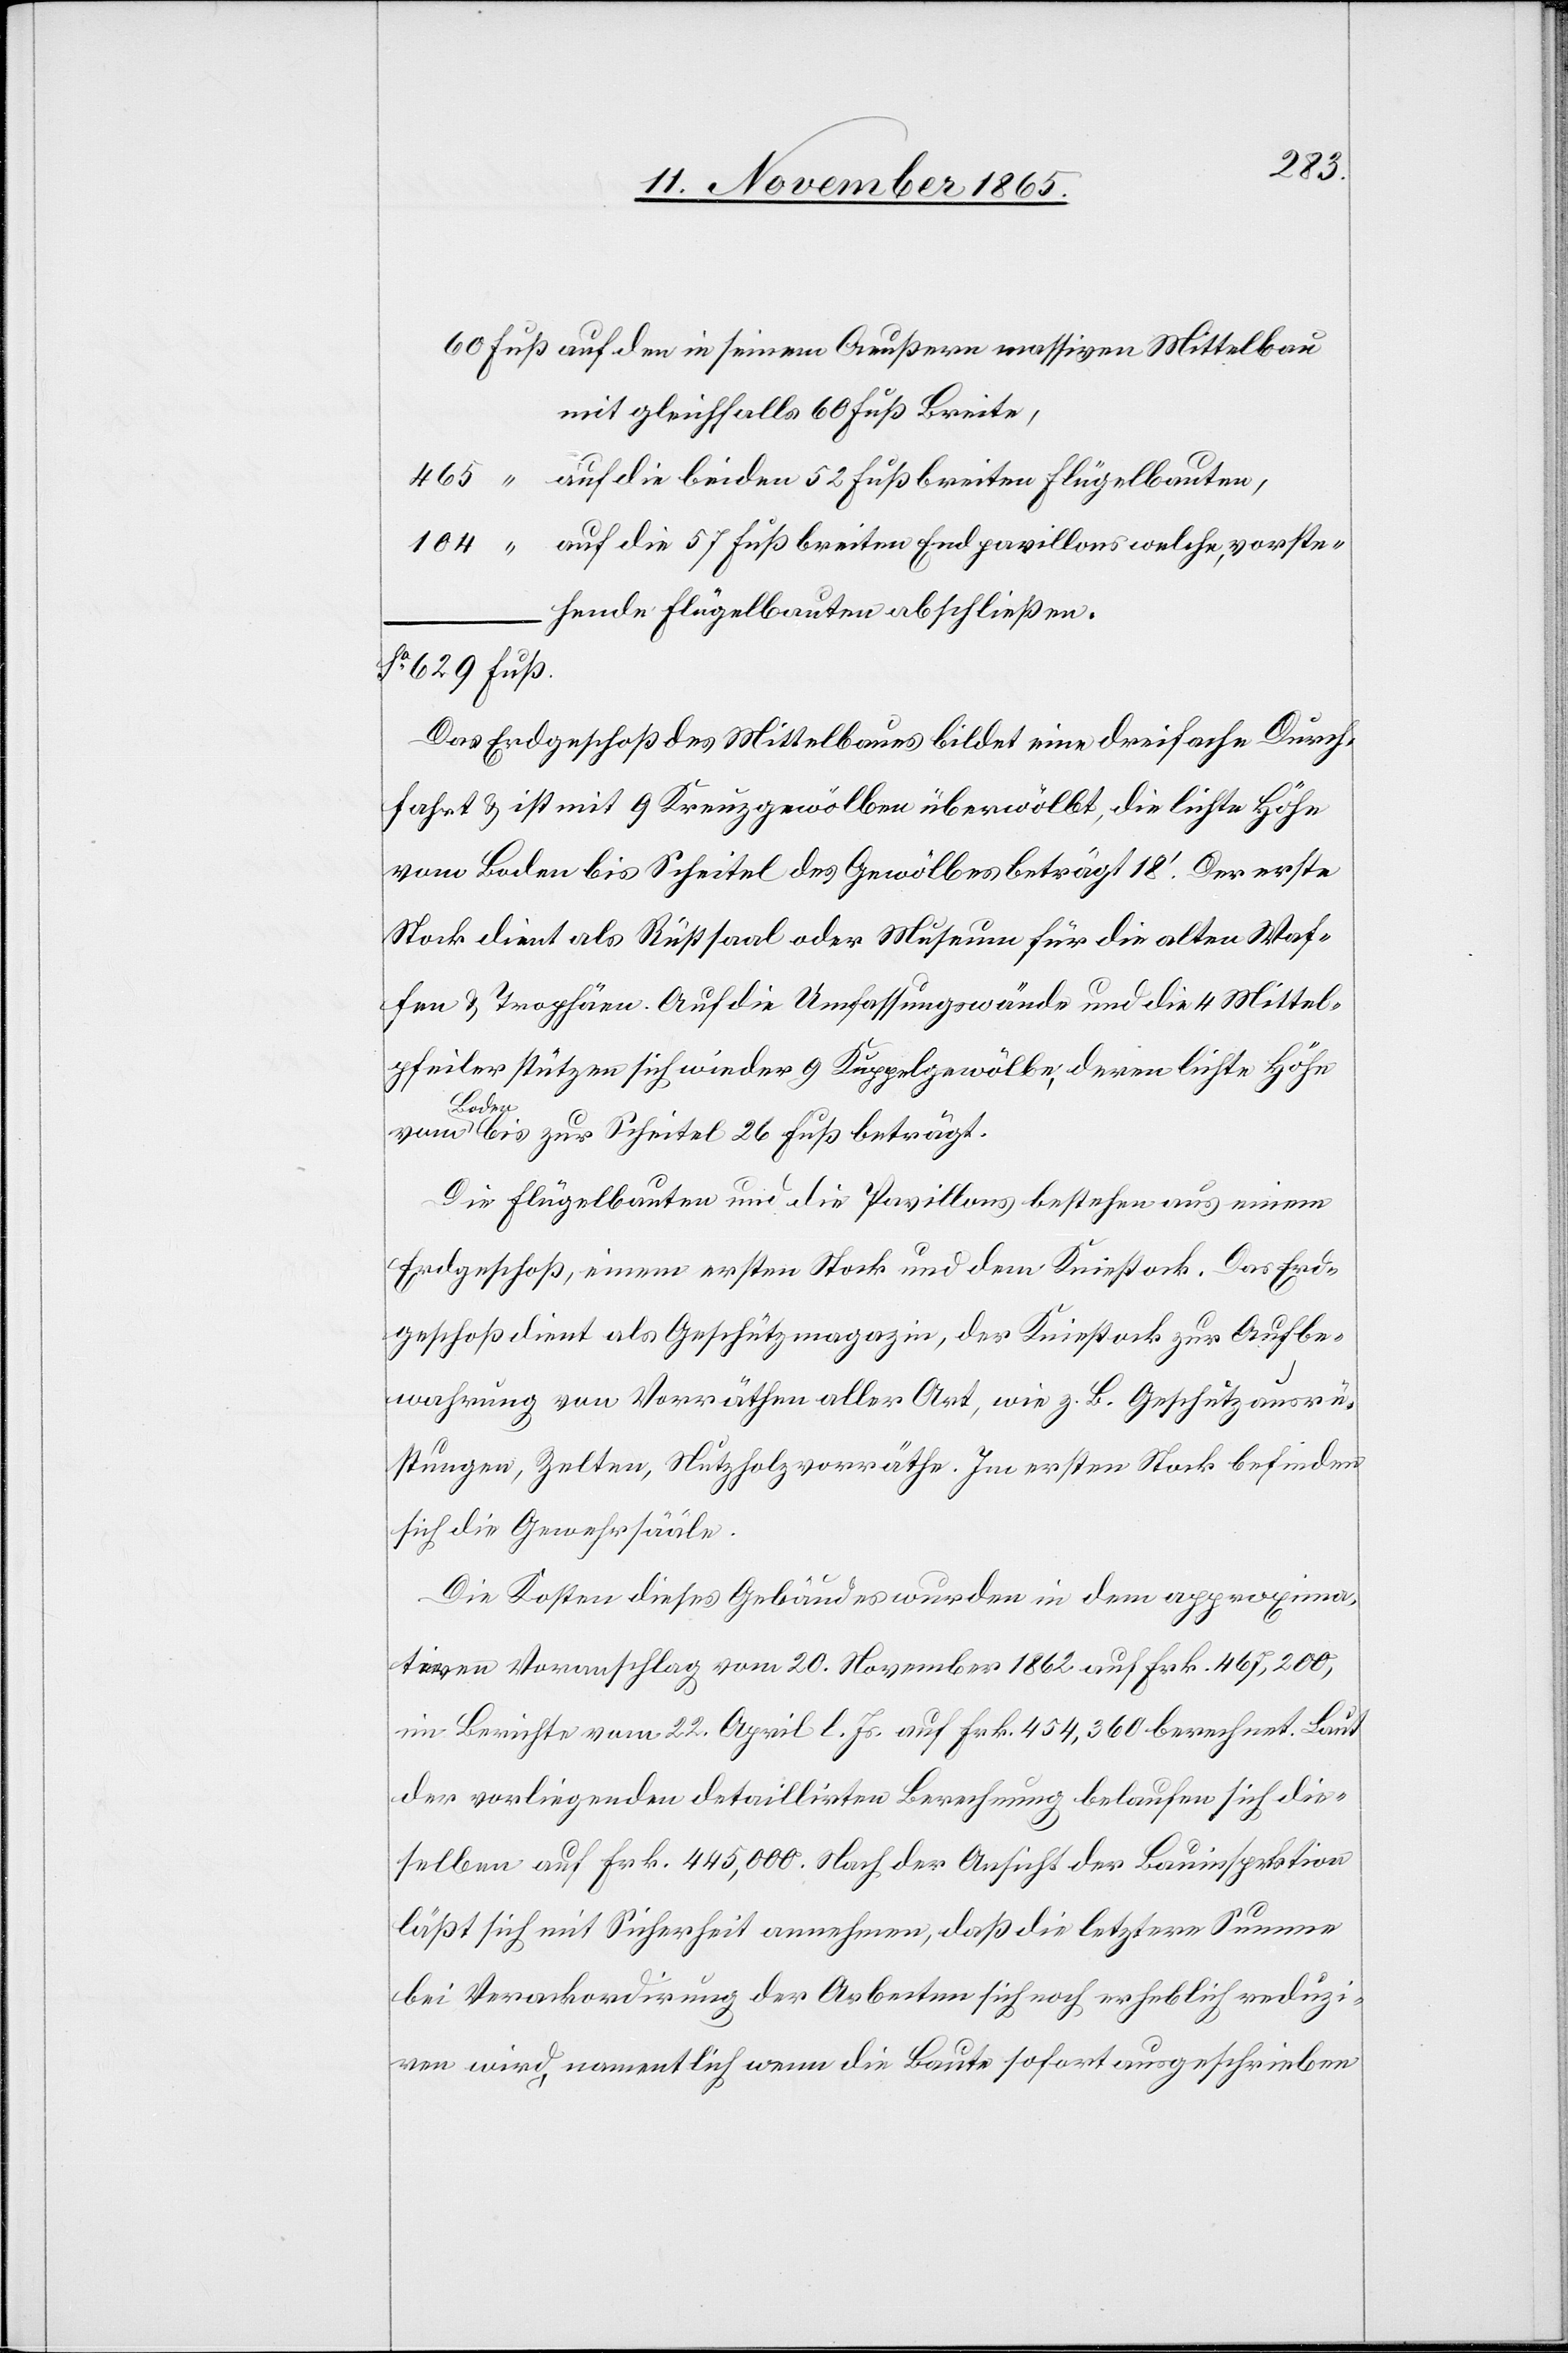
Auf den in seinem Aeußern massiven Mittelbau
mit gleichfalls 60 Fuß Breite,
auf die beiden 53 Fuß breiten Flügelbauten,
auf die 57 Fuß breiten Endpavillons welche, vorste¬
hende Flügelbauten abschließen.
Das Erdgeschoß des Mittelbaues bildet eine dreifache Durch¬
fahrt & ist mit 9 Kreuzgewölben überwölbt, die lichte Höhe
vom Boden bis Scheitel des Gewölbes beträgt 18’. Der erste
Stock dient als Rüstsaal oder Museum für die alten Waf¬
fen & Trophäen. Auf die Umfassungswände und die 4 Mittel¬
pfeiler stützen sich wieder 9 Kuppelgewölbe, deren lichte Höhe
Die Flügelbauten und die Pavillons bestehen aus einem
Erdgeschoß, einem ersten Stock und dem Kniestock. Das Erd¬
geschoß dient als Geschützmagazin, der Kniestock zur Aufbe¬
wahrung von Vorräthen aller Art, wie z. B. Geschützausrü¬
stungen, Zelten, Nutzholzvorräthe. Im ersten Stock befinden
sich die Gewehrsääle.
Die Kosten dieses Gebäudes wurden in dem approxima¬
tiven Voranschlag vom 20. November 1862 auf Frk. 467,200,
im Berichte vom 22. April l. Js. auf Frk. 454,360 berechnet. Laut
der vorliegenden detaillierten Berechnung belaufen sich die¬
selben auf Frk. 445,000. Nach der Ansicht der Bauinspektion
läßt sich mit Sicherheit annehmen, daß die letztere Summe
bei Verackordirung [sic!] der Arbeiten sich noch erheblich reduzi¬
ren wird, namentlich wenn die Baute sofort ausgeschrieben